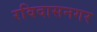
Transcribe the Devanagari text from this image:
रविदासनगर